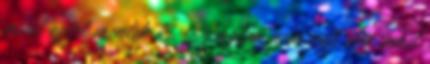
mind ezért mentek ki. Szimplán nem volt elég amit